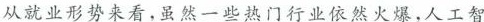
从就业形势来看，虽然一些热门行业依然火爆，人工智